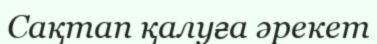
Сақтап қалуға әрекет